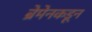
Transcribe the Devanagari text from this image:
ब्रेमेनकडून